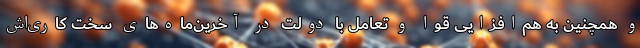
و همچنین به هم‌افزایی قوا و تعامل با دولت در آخرین‌ماه‌های سخت کاری‌اش